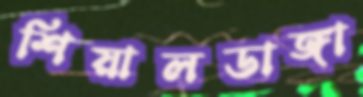
শিয়ালডাঙ্গা